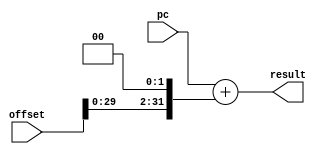
module pcadder(offset,pc, result);
input [31:0] pc;
input [31:0] offset;
output [31:0] result;
wire dum;
wire useless_inputs;
assign useless_inputs = |offset;
assign {dum,result} = pc + {offset[31:0],2'b0};
endmodule